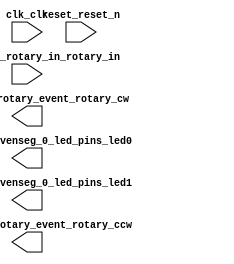

module hex_to_7seg (
	clk_clk,
	eightbitstosevenseg_0_led_pins_led0,
	eightbitstosevenseg_0_led_pins_led1,
	reset_reset_n,
	rotaryctl_0_rotary_event_rotary_cw,
	rotaryctl_0_rotary_event_rotary_ccw,
	rotaryctl_0_rotary_in_rotary_in);	

	input		clk_clk;
	output	[6:0]	eightbitstosevenseg_0_led_pins_led0;
	output	[6:0]	eightbitstosevenseg_0_led_pins_led1;
	input		reset_reset_n;
	output		rotaryctl_0_rotary_event_rotary_cw;
	output		rotaryctl_0_rotary_event_rotary_ccw;
	input	[1:0]	rotaryctl_0_rotary_in_rotary_in;
endmodule